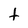
Character: t